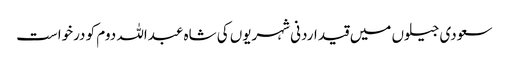
سعودی جیلوں میں قید اردنی شہریوں کی شاہ عبداللہ دوم کو درخواست